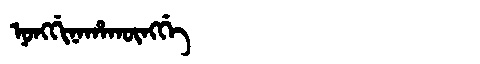
Manchu: ᠨᠣᠩᡤᡳᠨᠠᡥᠠᡴᡡᠩᡤᡝ
Romanization: NONGGINAHAKŪNGGE